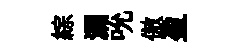
綜漏吮傲盈